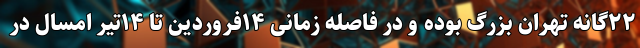
۲۲گانه تهران بزرگ بوده و در فاصله زمانی ۱۴فروردین تا ۱۴تیر امسال در